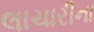
લાચારીના